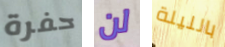
حفرة لن بالليلة